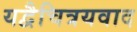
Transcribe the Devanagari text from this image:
यद्वैचित्रयवाद